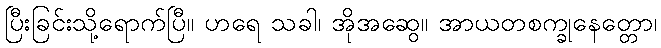
ပြီးခြင်းသို့ရောက်ပြီ။ ဟရေ သခါ၊ အိုအဆွေ။ အာယတစက္ခုနေတ္တော၊